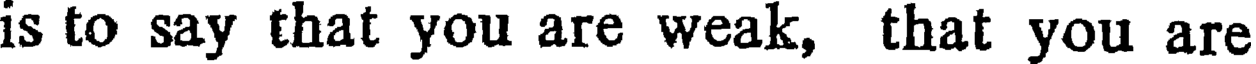
is to say that you are weak, that you are